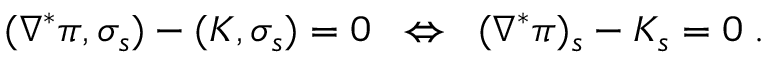
( \nabla ^ { \ast } \pi , \sigma _ { s } ) - ( K , \sigma _ { s } ) = 0 \; \; \Leftrightarrow \; \; ( \nabla ^ { \ast } \pi ) _ { s } - K _ { s } = 0 \; .